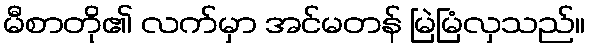
မီစာတို၏ လက်မှာ အင်မတန် မြဲမြံလှသည်။